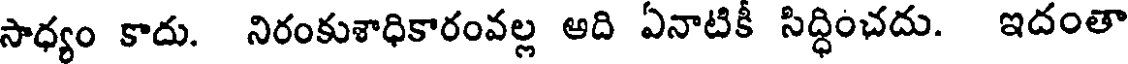
సాధ్యం కాదు. నిరంకుశాధికారంవల్ల ఆది ఏనాటికీ సిద్ధించదు. ఇదంతా